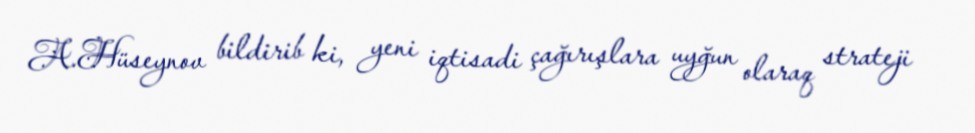
A.Hüseynov bildirib ki, yeni iqtisadi çağırışlara uyğun olaraq strateji